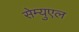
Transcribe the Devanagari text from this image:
सेम्युएल